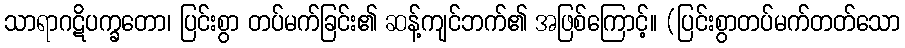
သာရာဂဋိပက္ခတော၊ ပြင်းစွာ တပ်မက်ခြင်း၏ ဆန့်ကျင်ဘက်၏ အဖြစ်ကြောင့်။ (ပြင်းစွာတပ်မက်တတ်သော